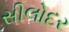
સીલોદર